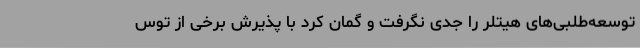
توسعه‌طلبی‌های هیتلر را جدی نگرفت و گمان کرد با پذیرش برخی از توس